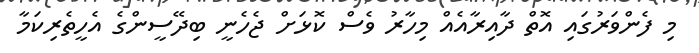
މި ފެންވަރުގައި އޮތް ދާއިރާއެއް މިހާރު ވެސް ކޮޅަށް ޖެހެނީ ބިދޭސީންގެ އެހީތެރިކަމާ